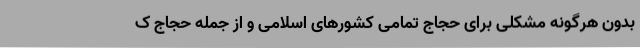
بدون هرگونه مشکلی برای حجاج تمامی کشورهای اسلامی و از جمله حجاج ک